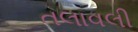
તલાવલી